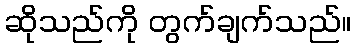
ဆိုသည်ကို တွက်ချက်သည်။